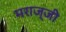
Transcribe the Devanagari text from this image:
मराज्जी